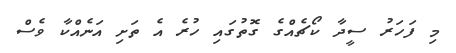
މި ފަހަރު ސީދާ ކޯޗެއްގެ ގޮތުގައި ހުރެ އެ ތަށި އަނެއްކާ ވެސް